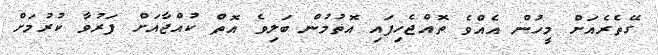
ގޭތެރެއަށް މީހުން އެއްވެ ތޮއްޖެހިފައި އޮތުމުން ބަލިވެ އޮތް ކުއްޖާއަށް ފަރުވާ ކުރުމަށް